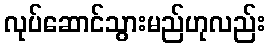
လုပ်ဆောင်သွားမည်ဟုလည်း